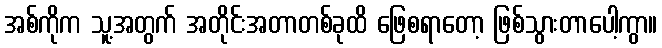
အစ်ကိုက သူ့အတွက် အတိုင်းအတာတစ်ခုထိ ဖြေစရာတော့ ဖြစ်သွားတာပေါ့ကွာ။